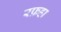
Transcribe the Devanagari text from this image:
रफ़हा